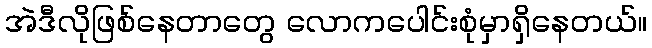
အဲဒီလိုဖြစ်နေတာတွေ လောကပေါင်းစုံမှာရှိနေတယ်။